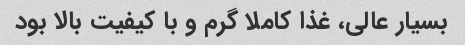
بسیار عالی، غذا کاملا گرم و با کیفیت بالا بود